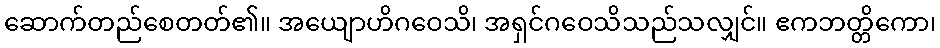
ဆောက်တည်စေတတ်၏။ အယျောဟိဂဝေသိ၊ အရှင်ဂဝေသိသည်သလျှင်။ ဧကဘတ္တိကော၊